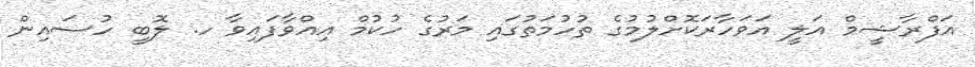
އަފްރާޝީމް އަލީ އަވަހާރަކޮށްލުމުގެ ތުހުމަތުގައި މަރުގެ ހުކުމް އިއްވާފައިވާ ހ. ލޮބީ ހުސައިން